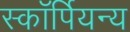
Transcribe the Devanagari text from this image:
स्कॉर्पियन्य